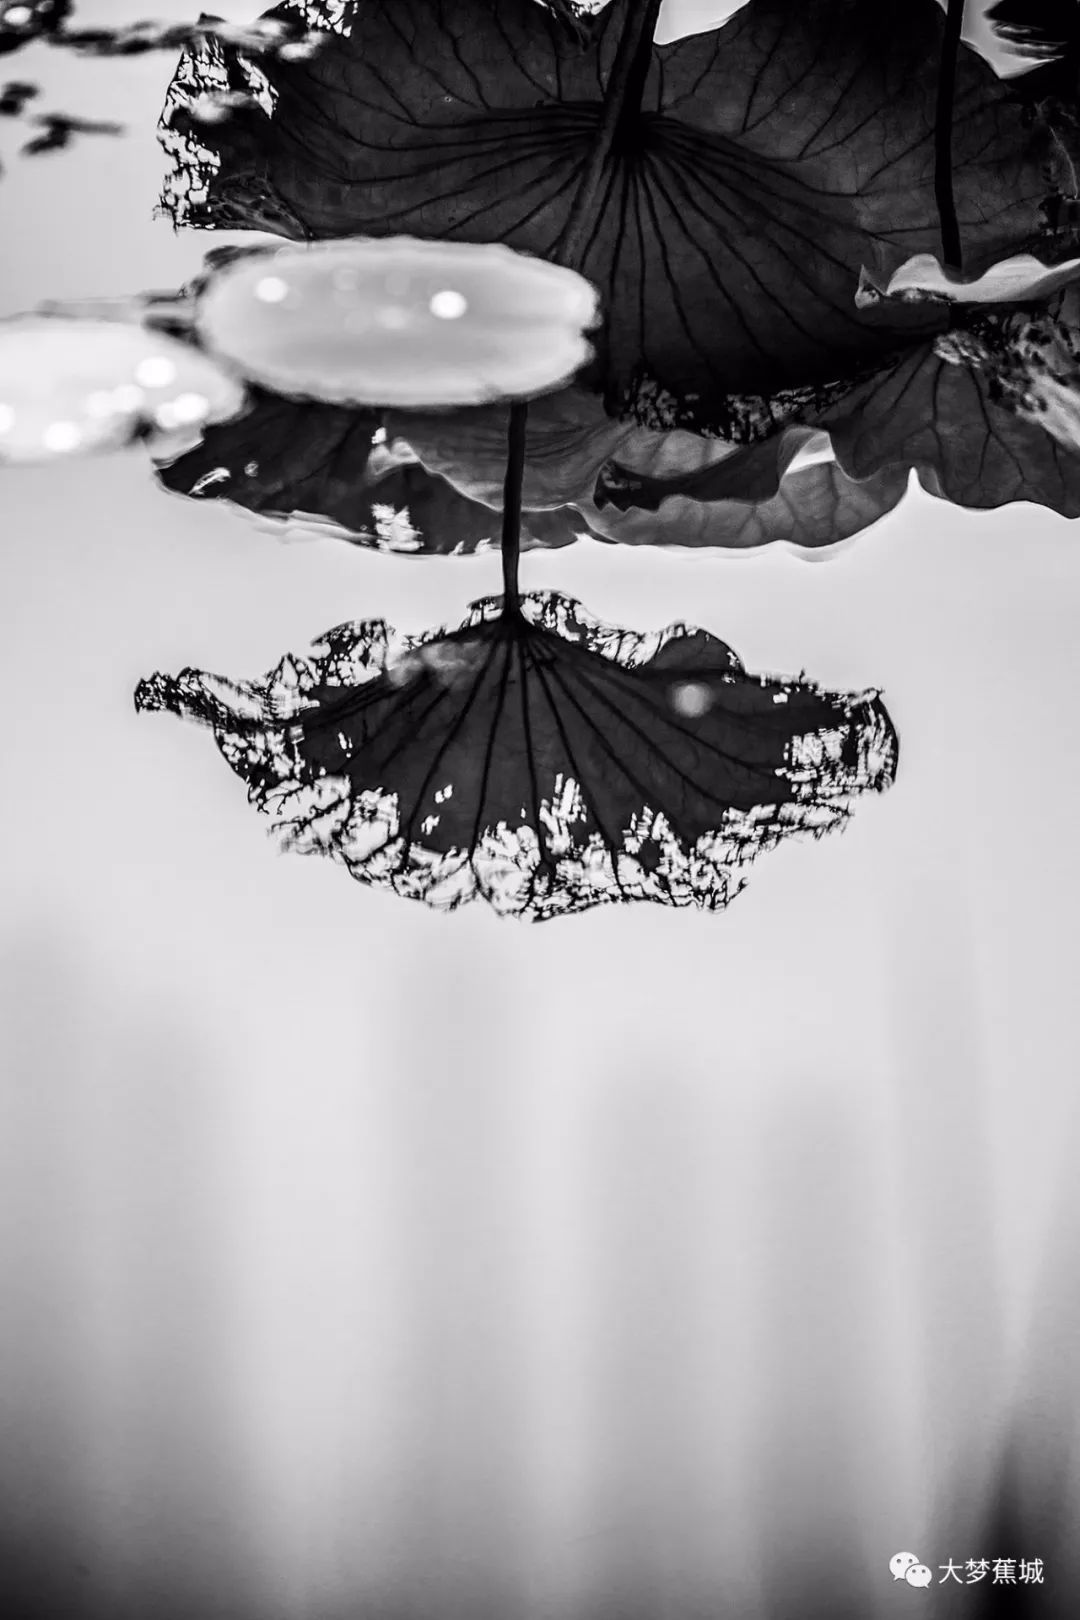
胭脂雪瘦熏沉水，翡翠盘高走夜光。